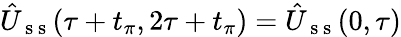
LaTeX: \hat{U}_{\mathrm{~s~s~}}(\tau+t_{\pi},2\tau+t_{\pi})=\hat{U}_{\mathrm{~s~s~}}(0,\tau)